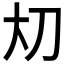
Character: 𪥂